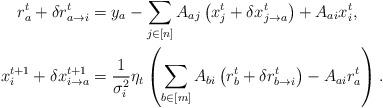
LaTeX: \begin{align*}r_{a}^{t}+\delta r_{a\rightarrow i}^{t} & =y_{a}-\sum_{j\in[n]}A_{aj}\left(x_{j}^{t}+\delta x_{j\rightarrow a}^{t}\right)+A_{ai}x_{i}^{t},\\x_{i}^{t+1}+\delta x_{i\rightarrow a}^{t+1} & =\frac{1}{\sigma_{i}^{2}}\eta_{t}\left(\sum_{b\in[m]}A_{bi}\left(r_{b}^{t}+\delta r_{b\rightarrow i}^{t}\right)-A_{ai}r_{a}^{t}\right).\end{align*}